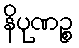
နိပုဏဉ္စ